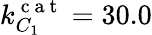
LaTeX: k_{C_{1}}^{\mathrm{~c~a~t~}}=30.0